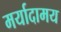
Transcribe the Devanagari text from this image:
मर्यादामय